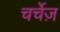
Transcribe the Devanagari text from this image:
चर्चेज़